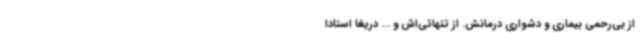
از بی‌رحمی بیماری و دشواری درمانش. از تنهائی‌اش و ... دریغا استادا